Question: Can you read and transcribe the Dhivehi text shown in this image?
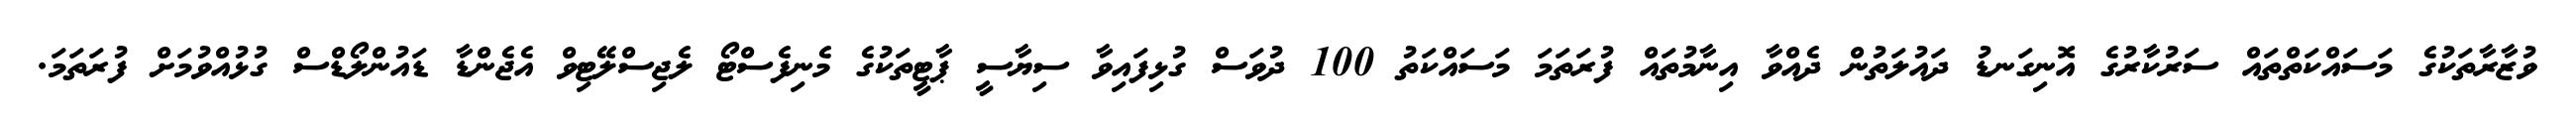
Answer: ވުޒާރާތަކުގެ މަސައްކަތްތައް ސަރުކާރުގެ އޮނިގަނޑު ދައުލަތުން ދެއްވާ އިނާމުތައް ފުރަތަމަ މަސައްކަތު 100 ދުވަސް ގުޅިފައިވާ ސިޔާސީ ޕާޓީތަކުގެ މެނިފެސްޓޯ ލެޖިސްލޭޓިވް އެޖެންޑާ ޑައުންލޯޑްސް ގުޅުއްވުމަށް ފުރަތަމަ.